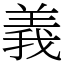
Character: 義